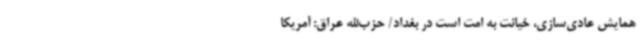
همایش عادی‌سازی، خیانت به امت است در بغداد/ حزب‌الله عراق: آمریکا